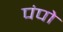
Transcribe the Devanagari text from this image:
पंपो